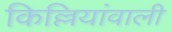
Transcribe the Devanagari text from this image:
किल्लियांवाली